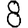
Digit: 8